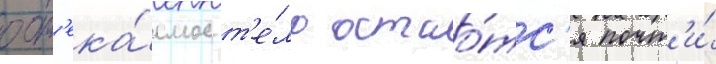
обт'ека́емое т'е́ло остао́тс'я почт'и́